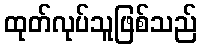
ထုတ်လုပ်သူဖြစ်သည်